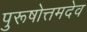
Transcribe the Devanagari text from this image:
पुरूषोत्तमदेव